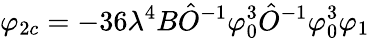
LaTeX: \varphi_{2c}=-36\lambda^{4}B\hat{O}^{-1}\varphi_{0}^{3}\hat{O}^{-1}\varphi_{0}^{3}\varphi_{1}